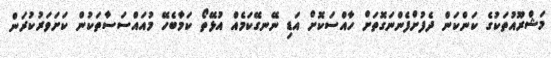
މަޝްރޫއުތަކުގެ ކަންކަން ދެފުށްފެންނަގޮތަށް ހާއްސަކޮށް އަޑި ނޭނގޭކަމެއް އުޅޭތޯ ކަމާބެހޭ މުއައްސަސާތަކުން ކަށަވަރުކުރަން